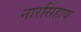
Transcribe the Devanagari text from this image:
नारसिंहाय